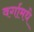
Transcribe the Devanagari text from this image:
वर्गामधे